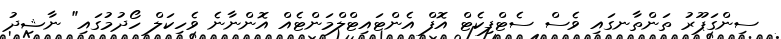
ސިންގަޕޫރު ތަންތާނގައި ވެސް ސެޓްފިކެޓް އޮފް އެންޓައިޓްލްމަންޓެއް އޮންނާނެ ވެހިކަލް ހޯދުމުގައި" ނާޝިދު